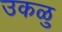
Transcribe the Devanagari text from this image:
उकळु